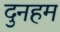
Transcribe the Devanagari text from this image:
दुनहम